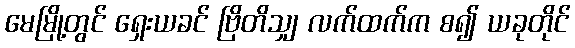
မေမြို့တွင် ရှေးယခင် ဗြိတိသျှ လက်ထက်က စ၍ ယခုတိုင်